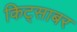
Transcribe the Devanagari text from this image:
किट्साबर